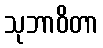
သုဘာဝိတာ